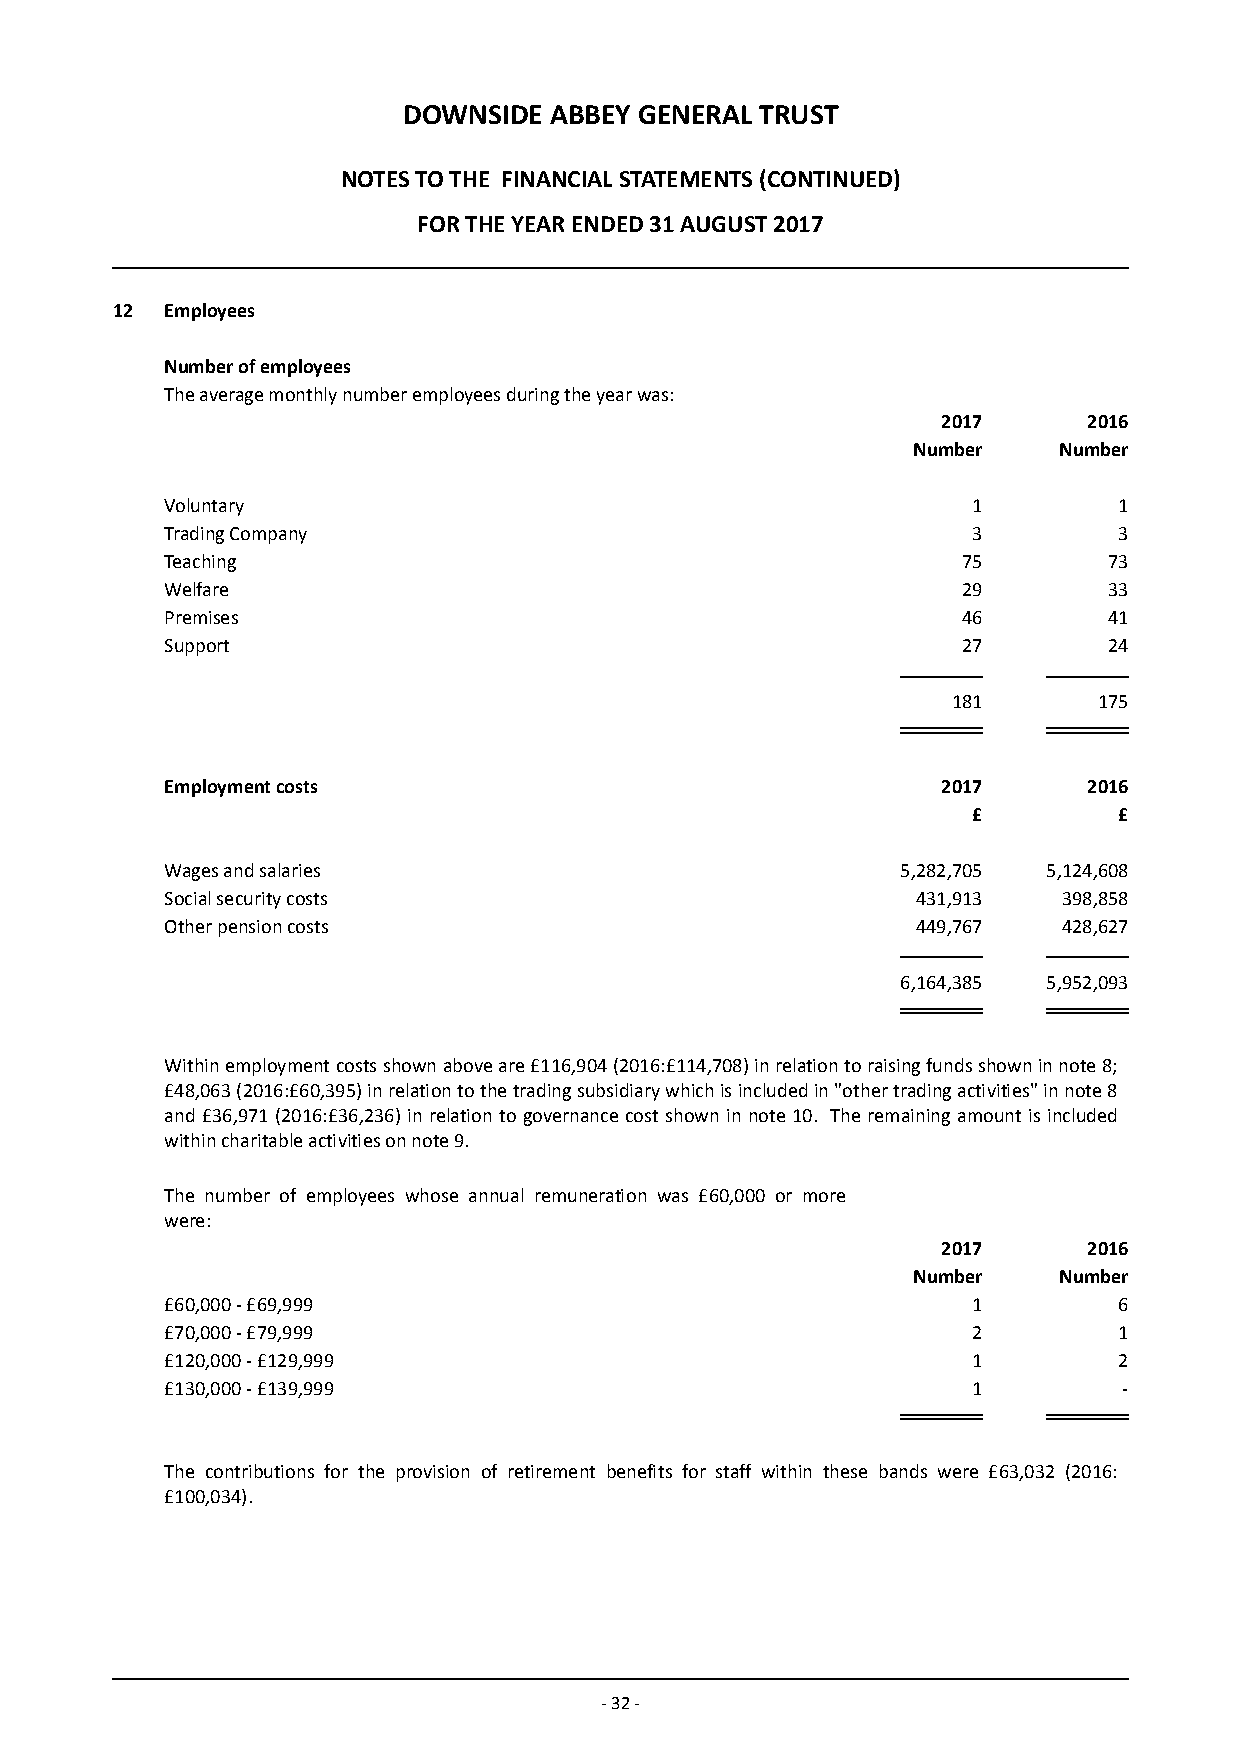
DOWNSIDE ABBEY GENERAL TRUST
 NOTES TO THE FINANCIAL STATEMENTS (CONTINUED)
 FOR THE YEAR ENDED 31 AUGUST 2017
 12  Employees
 Number of employees
 The average monthly number employees during the year was:
 2017      2016
 Number    Number
 Voluntary                                            1         1
 Trading Company                                      3         3
 Teaching                                             75       73
 Welfare                                              29       33
 Premises                                             46       41
 Support                                              27       24
 181       175
 Employment costs                                   2017      2016
 £         £
 Wages and salaries                               5,282,705 5,124,608
 Social security costs                             431,913  398,858
 Other pension costs                               449,767  428,627
 6,164,385 5,952,093
 Within employment costs shown above are £116,904 (2016:£114,708) in relation to raising funds shown in note 8;
 £48,063 (2016:£60,395) in relation to the trading subsidiary which is included in "other trading activities" in note 8
 and £36,971 (2016:£36,236) in relation to governance cost shown in note 10. The remaining amount is included
 within charitable activities on note 9.
 The number of employees whose annual remuneration was £60,000 or more
 were:
 2017      2016
 Number    Number
 £60,000 - £69,999                                    1         6
 £70,000 - £79,999                                    2         1
 £120,000 - £129,999                                  1         2
 £130,000 - £139,999                                  1         -
 The contributions for the provision of retirement benefits for staff within these bands were £63,032 (2016:
 £100,034).
 - 32 -